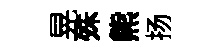
晃殊熊扬